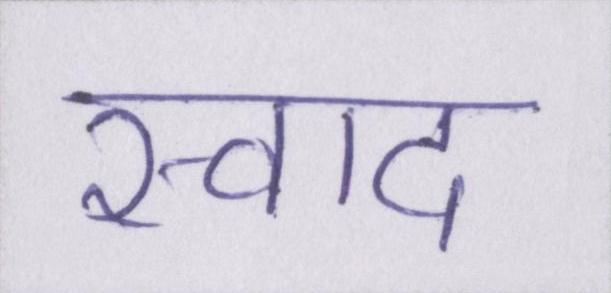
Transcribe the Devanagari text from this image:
स्वाद